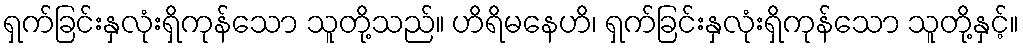
ရှက်ခြင်းနှလုံးရှိကုန်သော သူတို့သည်။ ဟိရိမနေဟိ၊ ရှက်ခြင်းနှလုံးရှိကုန်သော သူတို့နှင့်။